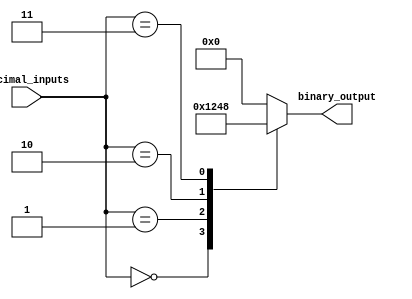
module priority_encoder(
    input [3:0] decimal_inputs,
    output reg [3:0] binary_output
);

always @(*) begin
    case(decimal_inputs)
        4'b0000 : binary_output = 4'b0001; // Decimal input 0 has highest priority
        4'b0001 : binary_output = 4'b0010; // Decimal input 1 has highest priority
        4'b0010 : binary_output = 4'b0100; // Decimal input 2 has highest priority
        4'b0011 : binary_output = 4'b1000; // Decimal input 3 has highest priority
        default: binary_output = 4'b0000; // Default output if no input provided
    endcase
end

endmodule